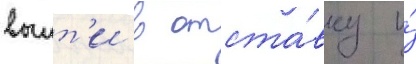
выит'и в отста́вку и́